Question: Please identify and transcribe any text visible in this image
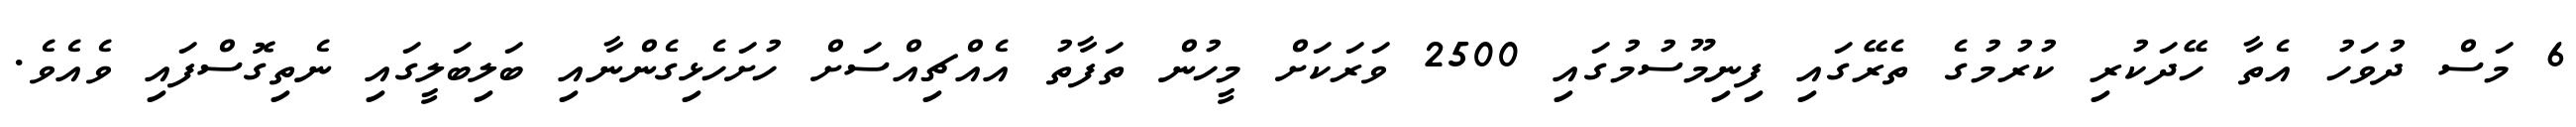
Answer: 6 މަސް ދުވަހު އެތާ ހޭދަކުރި ކުރުމުގެ ތެރޭގައި ފިނިމޫސުމުގައި 2500 ވަރަކަށް މީހުން ތަފާތު އެއްޗިއްސަށް ހުށަހެޅިގެންނާއި ބަލިބަލީގައި ނެތިގޮސްފައި ވެއެވެ.